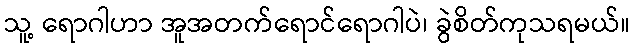
သူ့ ရောဂါဟာ အူအတက်ရောင်ရောဂါပဲ၊ ခွဲစိတ်ကုသရမယ်။